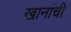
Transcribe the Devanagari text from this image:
खानांची